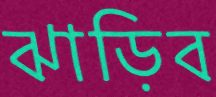
ঝাড়িব